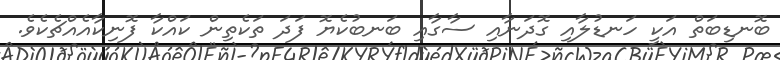
ބޮނޑިބަތް އަކީ ހަނޑުލާއި ގޮދަނާއި ސާގާއި ބަނބުކެޔޮ ފަދަ ތަކެތިން ކައްކާ ފޮނިކާއެއްޗެކެވެ.